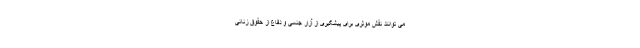
می توانند نقش موثری برای پیشگیری از آزار جنسی و دفاع از حقوق زنانی